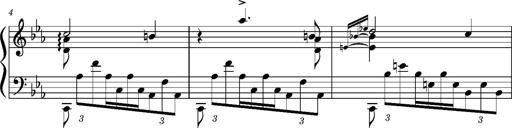
Title: PrÃ©ludes et Harmonies poÃ©tiques et religieuses
Composer: Franz Liszt